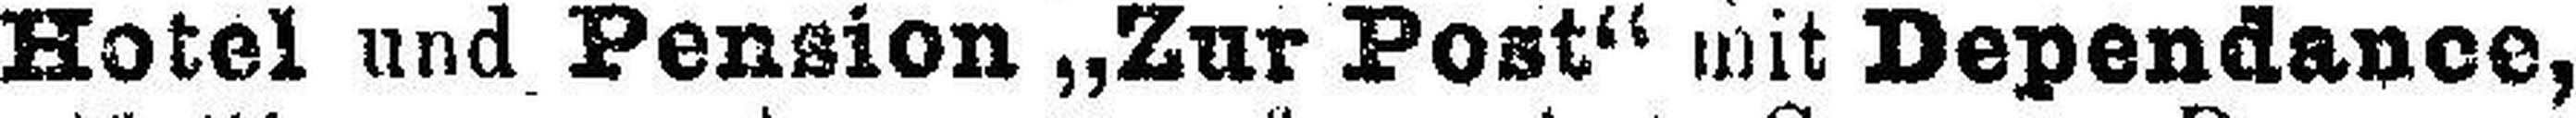
Hotel und Pension „Zur Post“ mit Dependance,